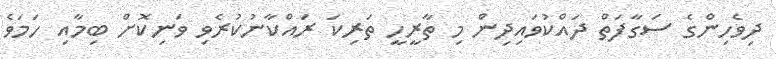
ދިވެހިންގެ ސަގާފަތް ދައްކުވައިދިން މި ތާރީހީ ތަރިކަ ރައްކާނުކުރެވި ވަނިކޮށް ބިމާއި ހަމަވެ